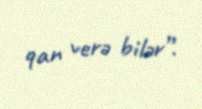
qan verə bilər”.